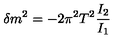
\delta m ^ { 2 } = - 2 \pi ^ { 2 } T ^ { 2 } \frac { I _ { 2 } } { I _ { 1 } }